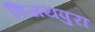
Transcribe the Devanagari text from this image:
विजयपुरा